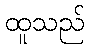
ထူသည်